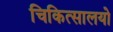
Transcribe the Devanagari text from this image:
चिकित्सालयो